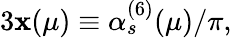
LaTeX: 3\mathbf{x}(\mu)\equiv\alpha_{s}^{(6)}(\mu)/\pi,